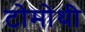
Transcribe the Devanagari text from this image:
टोमोथी